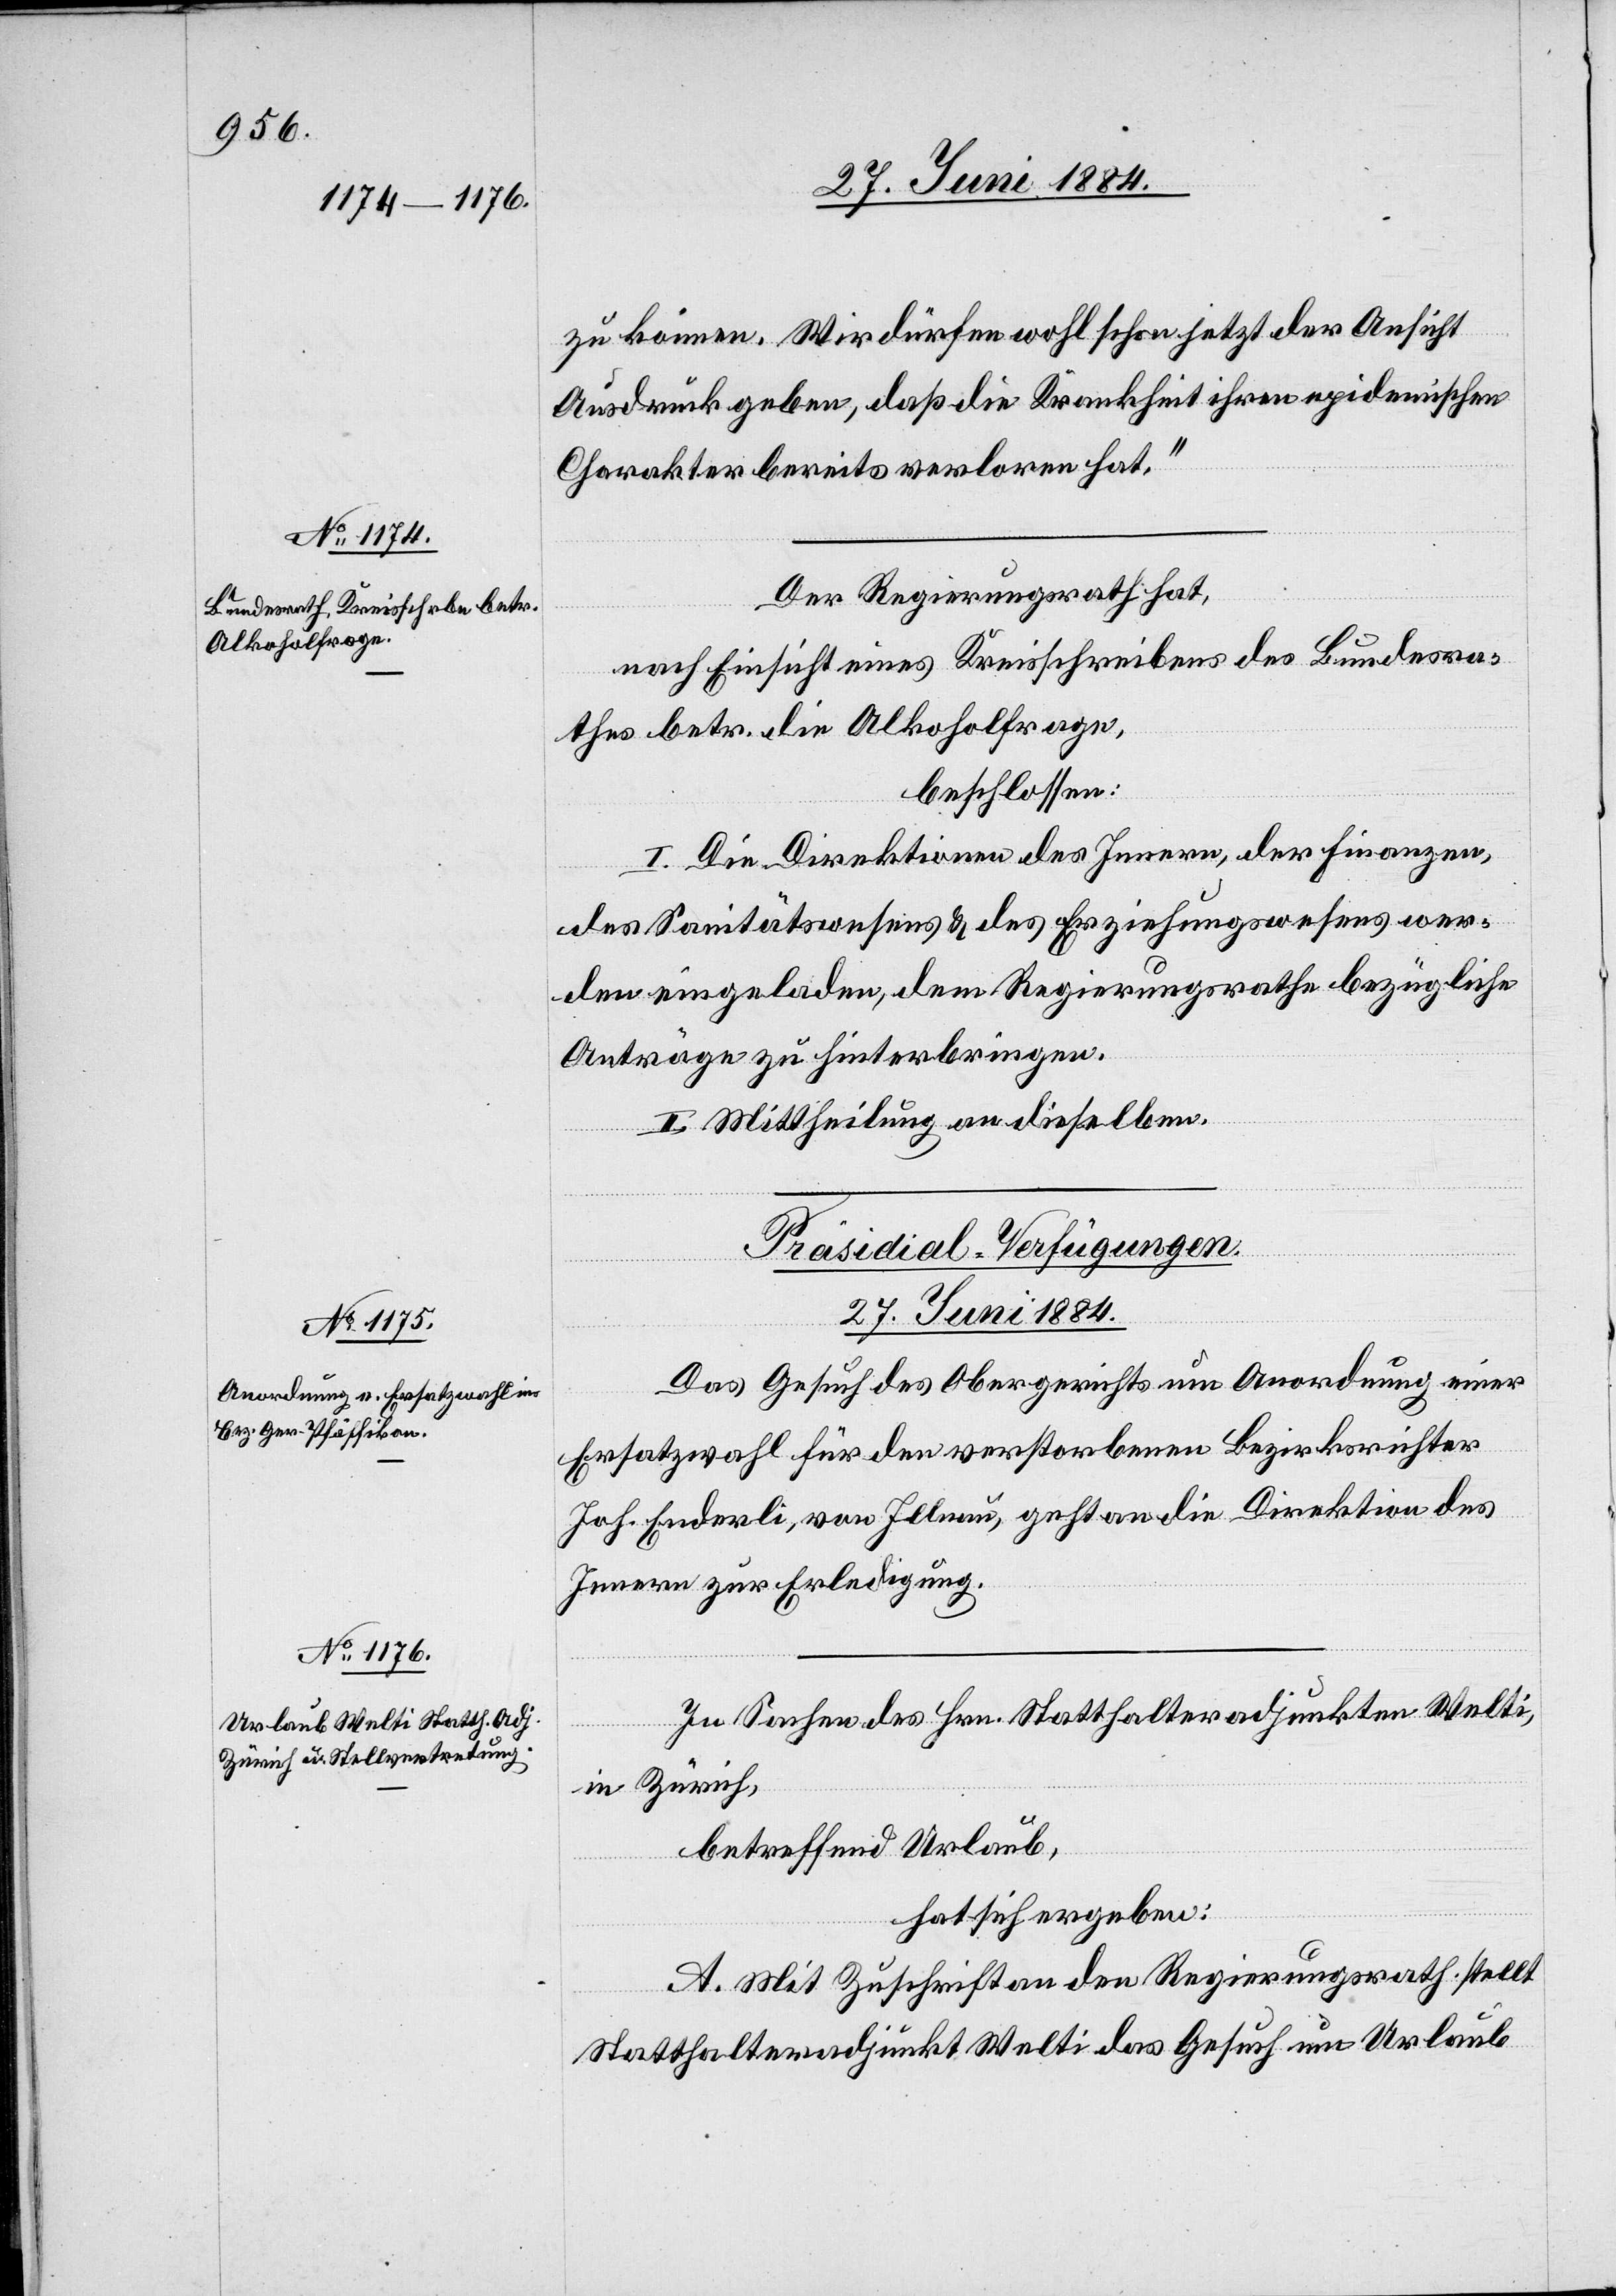
zu können. Wir dürfen wohl schon jetzt der Ansicht
Ausdruck geben, daß die Krankheit ihren epidemischen
Charakter bereits verloren hat.“
Der Regierungsrath hat,
nach Einsicht eines Kreisschreibens des Bundesra¬
thes betr. die Alkoholfrage,
beschlossen:
I. Die Direktion des Innern, der Finanzen,
des Sanitätswesens & des Erziehungswesens wer¬
den eingeladen, dem Regierungsrathe bezügliche
Anträge zu hinterbringen.
II. Mittheilung an dieselben.
[Präsidial-Verfügungen.
27. Juni 1884.]
Das Gesuch des Obergerichtes um Anordnung einer
Ersatzwahl für den verstorbenen Bezirksrichter
Joh. Enderli, von Illnau, geht an die Direktion des
Innern zur Erledigung.
In Sachen des Hrn. Statthalteradjunkten Welti,
in Zürich,
betreffend Urlaub,
hat sich ergeben:
A. Mit Zuschrift an den Regierungsrath stellt
Statthalteradjunkt Welti das Gesuch um Urlaub